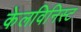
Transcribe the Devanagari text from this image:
केलविनिस्ट